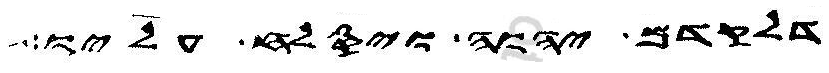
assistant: דלקדם יהוה ויסלח עליו